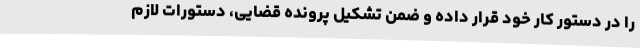
را در دستور کار خود قرار داده و ضمن تشکیل پرونده قضایی، دستورات لازم